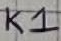
Text: K1